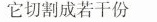
它切割成若干份